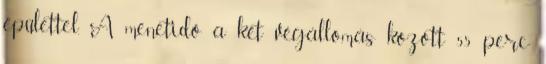
épülettel. A menetidõ a két végállomás között 55 perc